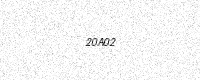
Text: 20A02